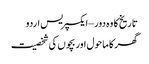
تاریخ کا وہ دور – ایکسپریس اردو
گھر کا ماحول اور بچوں کی شخصیت